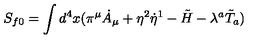
S _ { f 0 } = \int d ^ { 4 } x ( \pi ^ { \mu } \dot { A } _ { \mu } + \eta ^ { 2 } \dot { \eta } ^ { 1 } - \tilde { H } - \lambda ^ { a } \tilde { T } _ { a } )